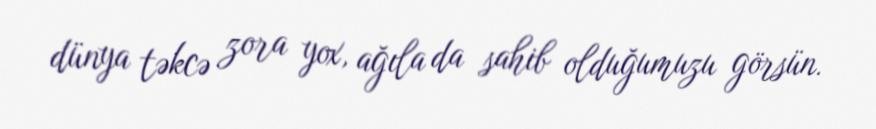
dünya təkcə zora yox, ağıla da sahib olduğumuzu görsün.